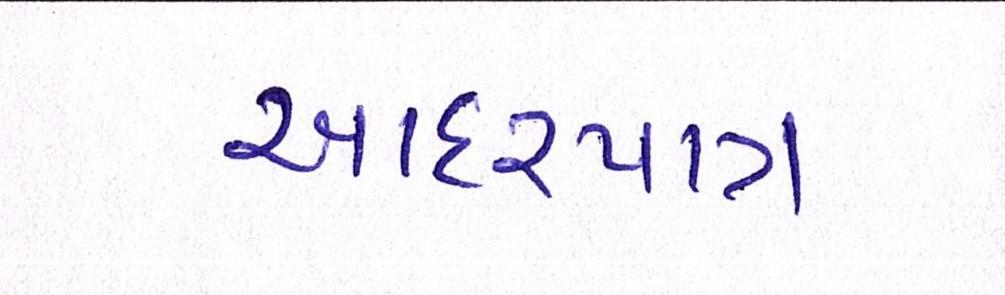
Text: આદરપાત્ર